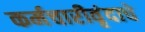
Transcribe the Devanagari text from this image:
कर्मचारीवृंदाचे